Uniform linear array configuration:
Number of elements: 32
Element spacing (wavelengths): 1
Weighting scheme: exponential
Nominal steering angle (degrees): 60
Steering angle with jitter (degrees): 61.431
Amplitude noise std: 0.05
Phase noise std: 0.05

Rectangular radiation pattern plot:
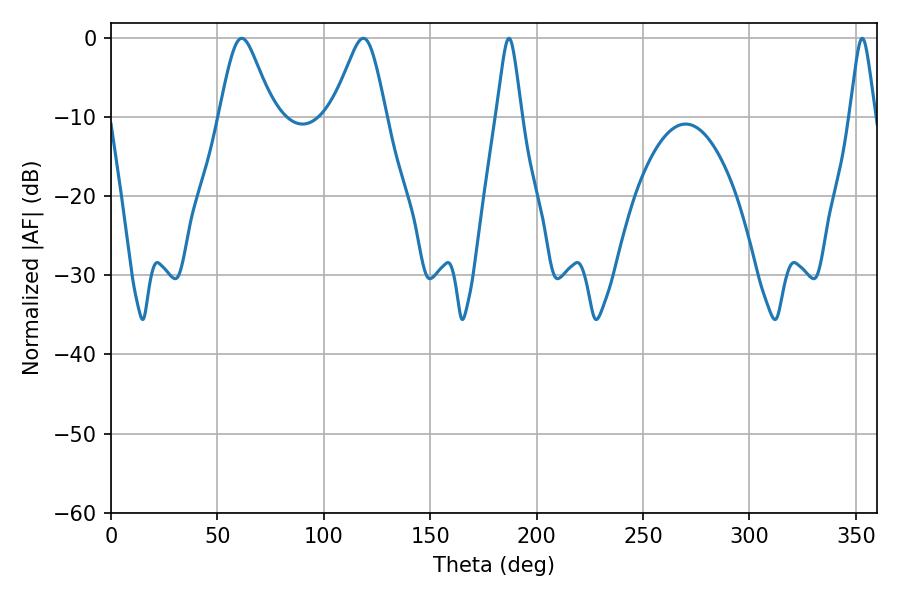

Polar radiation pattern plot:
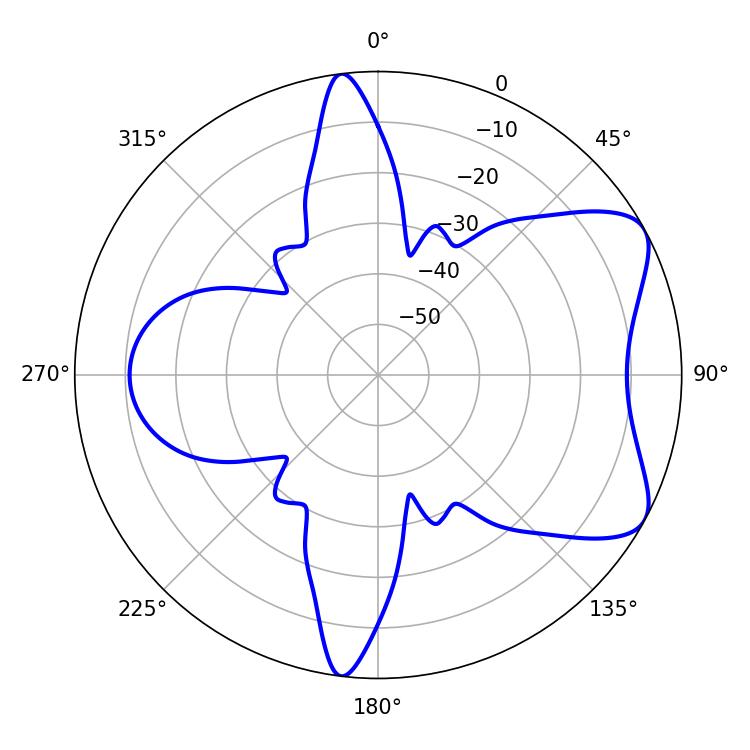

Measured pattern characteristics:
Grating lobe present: TRUE
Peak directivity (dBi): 6.84
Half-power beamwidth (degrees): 12.24
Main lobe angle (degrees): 61.38